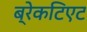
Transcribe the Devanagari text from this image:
ब्रेकटिएट